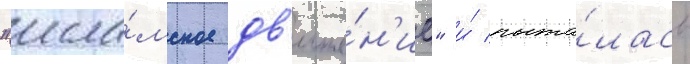
"исла́мское дв'иже́н'ие" и́ пыта́лась